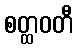
စတ္ထဝတီ